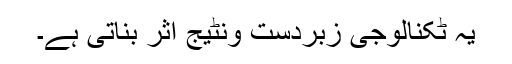
یہ ٹکنالوجی زبردست ونٹیج اثر بناتی ہے۔